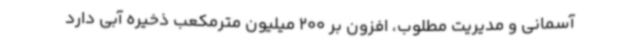
آسمانی و مدیریت مطلوب، افزون بر 200 میلیون مترمکعب ذخیره آبی دارد